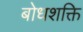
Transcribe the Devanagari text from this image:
बोधशक्ति